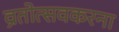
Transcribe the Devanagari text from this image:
व्रतोत्सवकरना